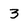
Character: 3